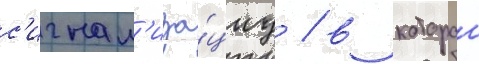
с'игнал'иза́циу / в которои